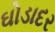
ઘોડાદર